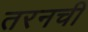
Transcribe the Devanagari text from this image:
तरनची